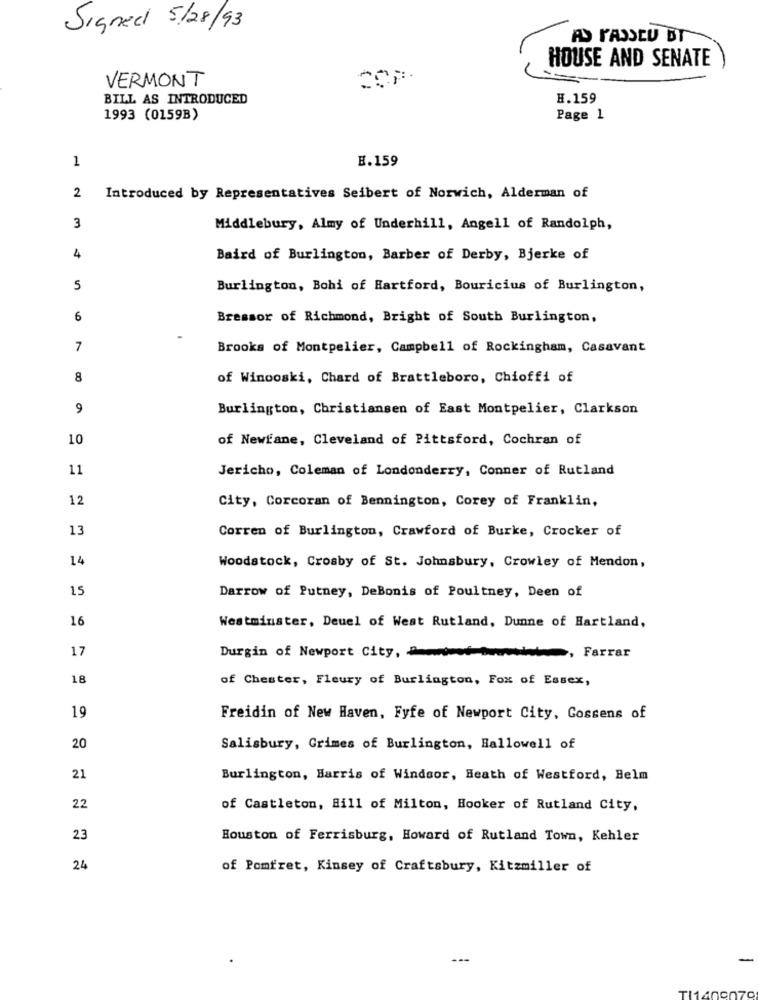
Signed 5/28/93
AS PASSEU BT
HOUSE AND SENATE
VERMONT
BILL AS INTRODUCED
H.159
1993 (0159B)
Page 1
1
E.159
2
Introduced by Representatives Seibert of Norwich, Alderman of
3
Middlebury, Almy of Underhill, Angell of Randolph,
4
Baird of Burlington, Barber of Derby, Bjerke of
5
Burlington, Bohi of Hartford, Bouricius of Burlington,
6
Bressor of Richmond, Bright of South Burlington,
7
Brooks of Montpelier, Campbell of Rockingham, Casavant
8
of Winooski, Chard of Brattleboro, Chioffi of
9
Burlington, Christiansen of East Montpelier, Clarkson
10
of Newfane, Cleveland of Pittsford, Cochran of
11
Jericho, Coleman of Londonderry, Conner of Rutland
12
City, Corcoran of Bennington, Corey of Franklin,
13
Corren of Burlington, Crawford of Burke, Crocker of
14
Woodstock, Crosby of St. Johnsbury, Crowley of Mendon,
15
Darrow of Putney, DeBonis of Poultney, Deen of
16
Westminster, Deuel of West Rutland, Dunne of Hartland,
17
Durgin of Newport City,
, Farrar
18
of Chester, Fleury of Burlington, Fox of Essex,
19
Freidin of New Haven, Fyfe of Newport City, Gossens of
20
Salisbury, Crimes of Burlington, Hallowell of
21
Burlington, Harris of Windsor, Heath of Westford, Belm
22
of Castleton, Bill of Milton, Hooker of Rutland City,
23
Houston of Ferrisburg, Howard of Rutland Town, Kehler
24
of Pomfret, Kinsey of Craftsbury, Kitzmiller of